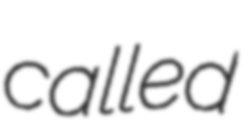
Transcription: called